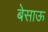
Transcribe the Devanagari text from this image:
बेसाऊ